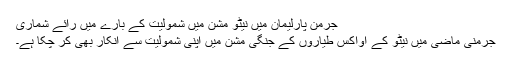
جرمن پارلیمان میں نیٹو مشن میں شمولیت کے بارے میں رائے شماری
جرمنی ماضی میں نیٹو کے اواکس طیاروں کے جنگی مشن میں اپنی شمولیت سے انکار بھی کر چکا ہے۔